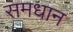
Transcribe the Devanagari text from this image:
समधान